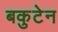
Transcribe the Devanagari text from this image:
बकुटेन